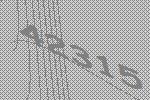
42315